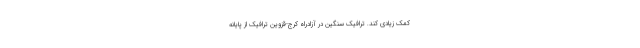
کمک زیادی کند. ترافیک سنگین در آزادراه کرج-قزوین ترافیک از پایانه